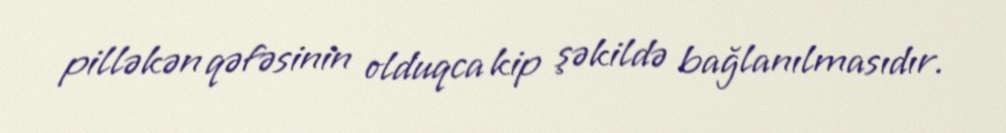
pilləkən qəfəsinin olduqca kip şəkildə bağlanılmasıdır.